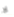
لا